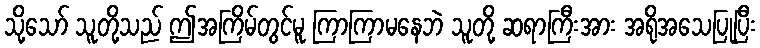
သို့သော် သူတို့သည် ဤအကြိမ်တွင်မူ ကြာကြာမနေဘဲ သူတို့ ဆရာကြီးအား အရိုအသေပြုပြီး